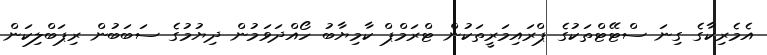
އެމެރިކާގެ ގިނަ ސްޓޭޓްތަކުގެ ޕްރައިމަރީތަކުން ޓްރަމްޕް ކާމިޔާބު ހޯއްދަވަމުން ދިޔުމުގެ ސަބަބުން ރިޕަބްލިކަން